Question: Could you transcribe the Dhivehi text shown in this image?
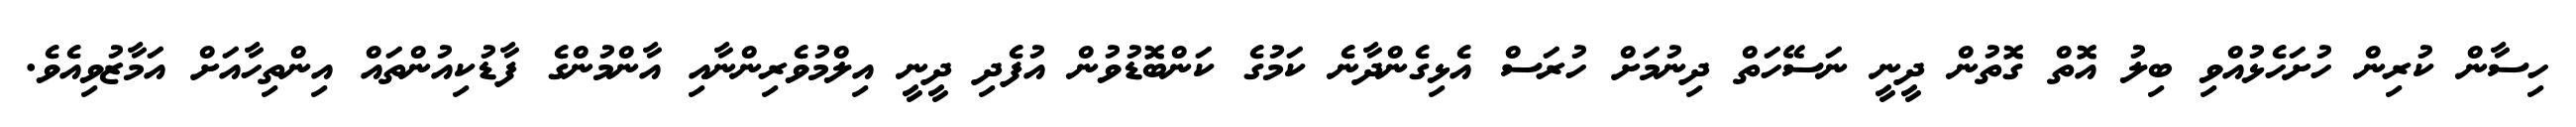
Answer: ހިސާން ކުރިން ހުށަހެޅުއްވި ބިލު އޮތް ގޮތުން ދީނީ ނަސޭހަތް ދިނުމަށް ހުރަސް އެޅިގެންދާނެ ކަމުގެ ކަންބޮޑުވުން އުފެދި ދީނީ އިލްމުވެރިންނާއި އާންމުންގެ ފާޑުކިއުންތައް އިންތިހާއަށް އަމާޒުވިއެވެ.